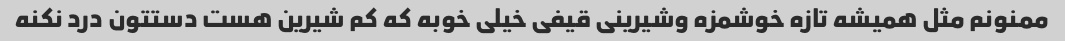
ممنونم مثل همیشه تازه خوشمزه وشیرینی قیفی خیلی خوبه که کم شیرین هست دستتون درد نکنه